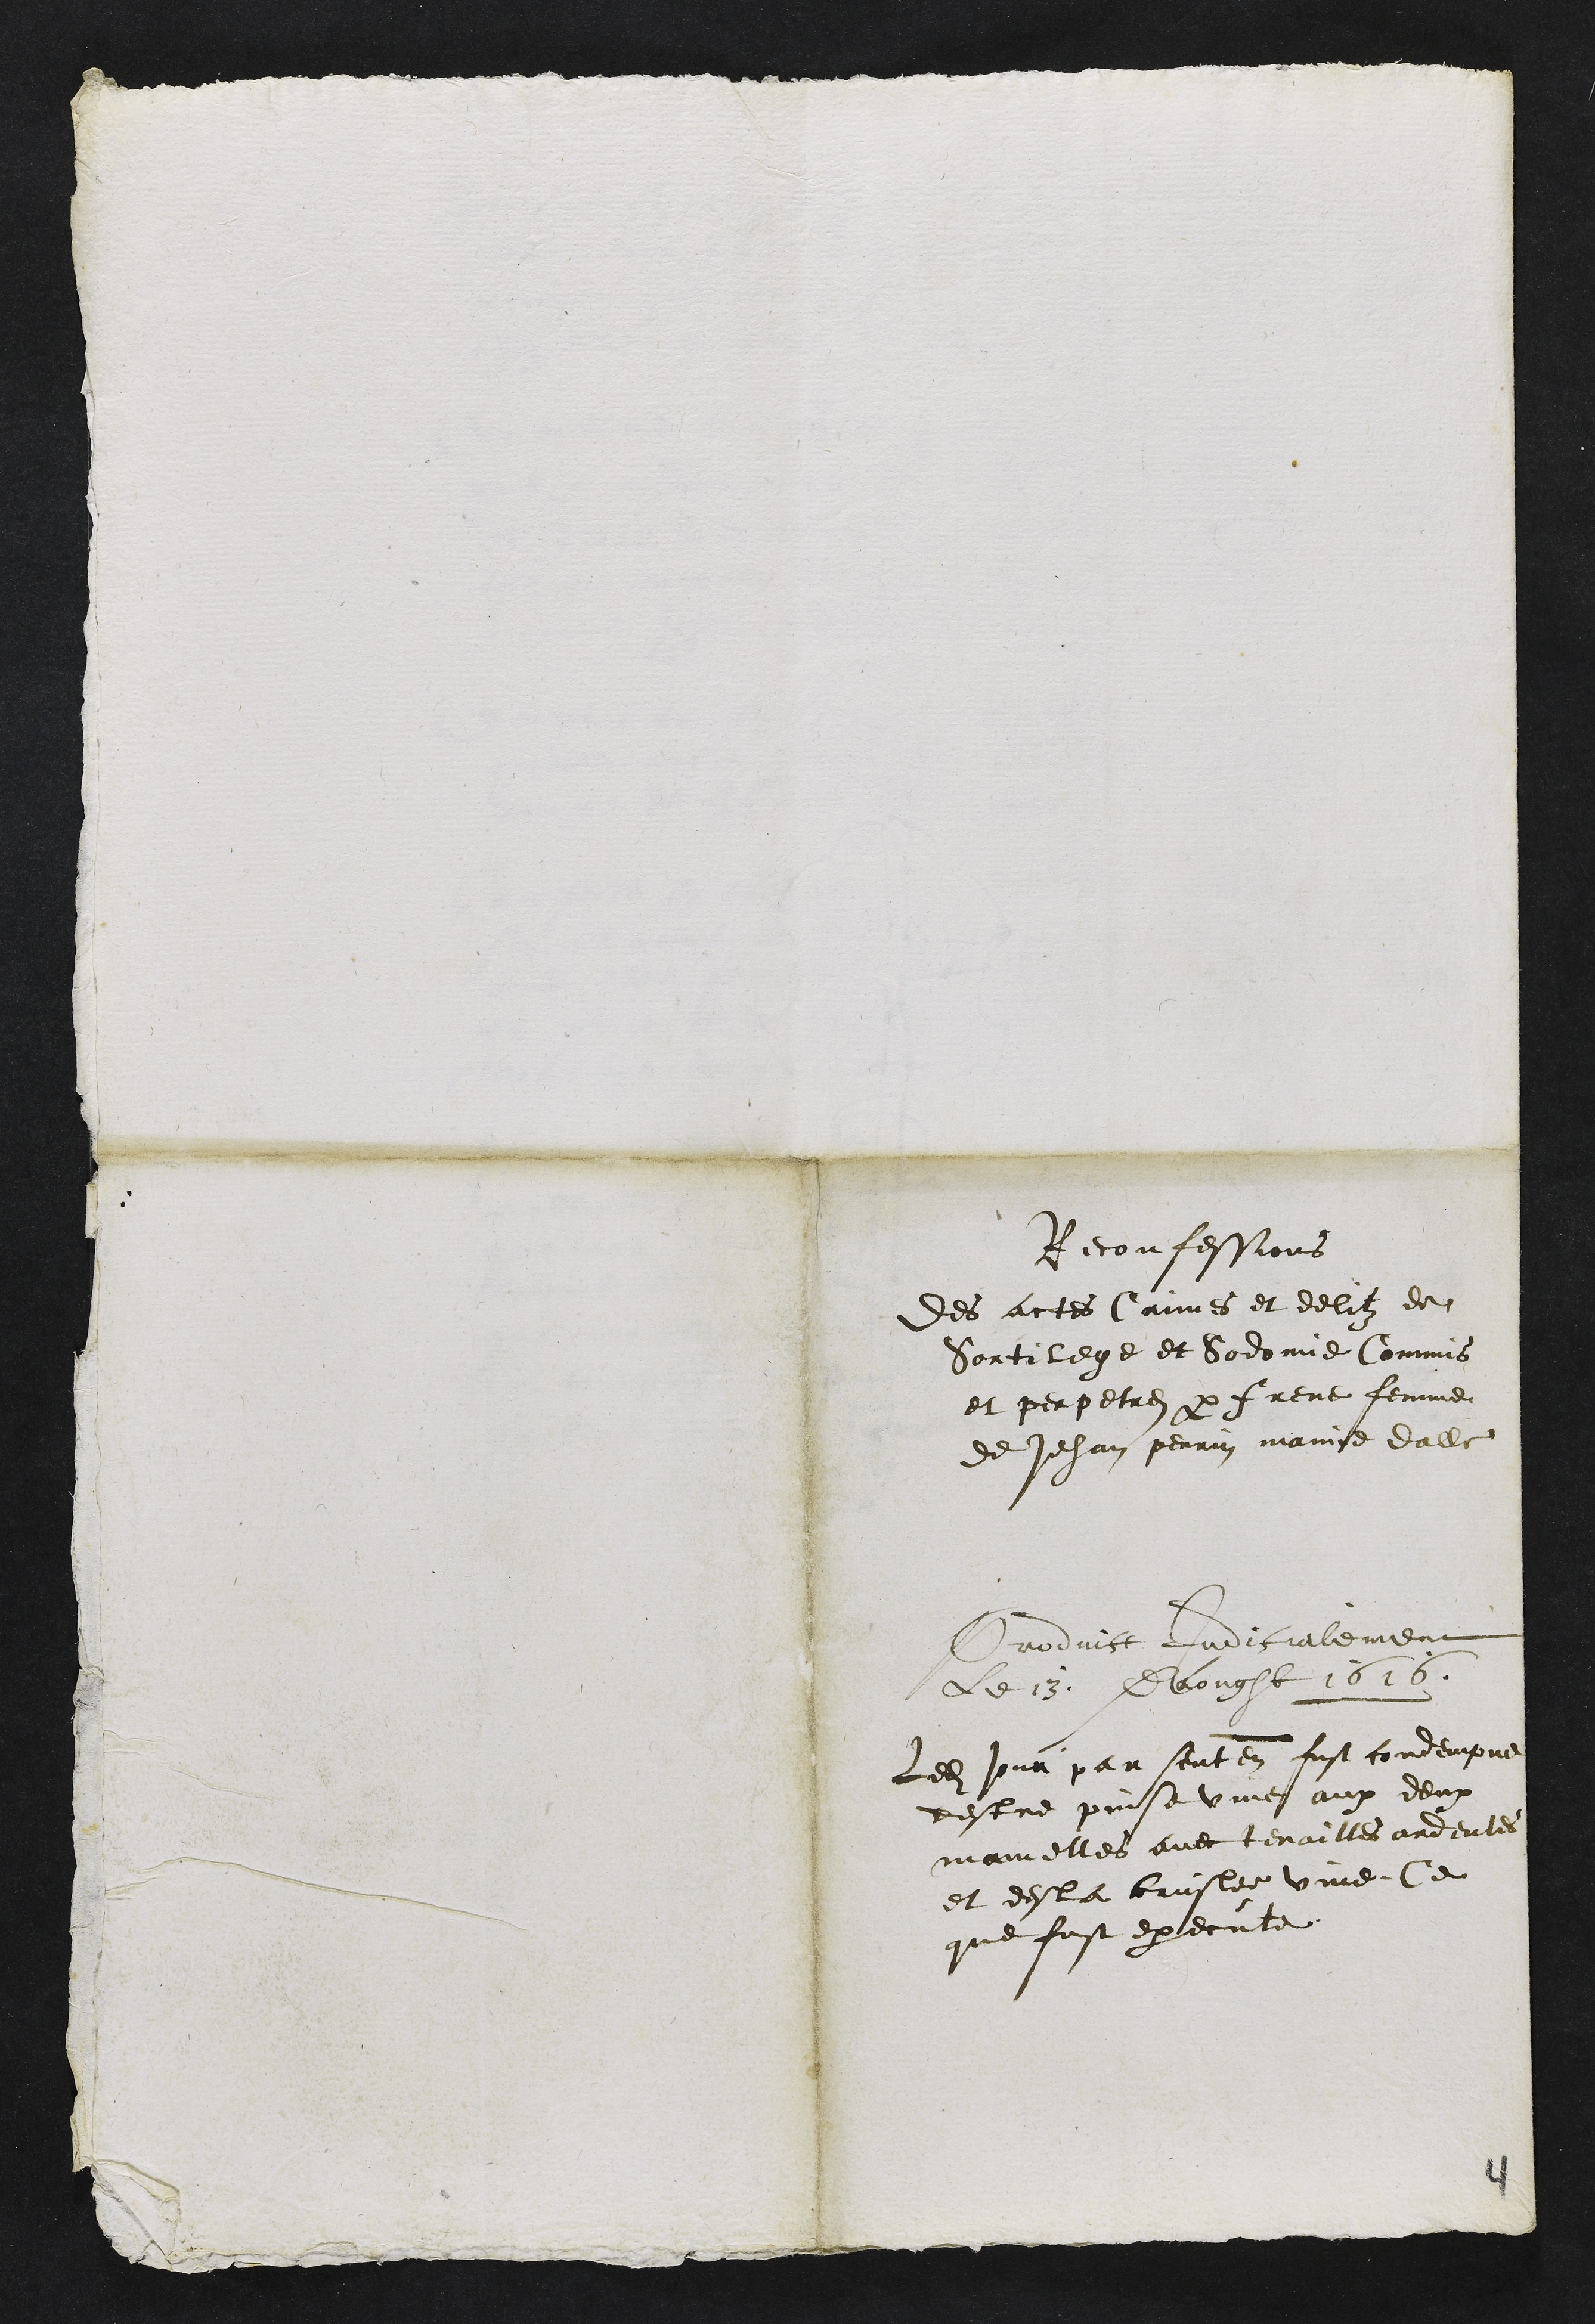
Reconfessions
Des actes Crimes et delitz de
Sortilege et Sodomie Commis
et perpetrez par frene femme
de Jehan perrin mamie dalle
Produict Judicialement
Le 13 Daougst 1616.
Ledit jour par sentence fust condempne
destre pinse vive aux deux
mamelles avec tenailles ardentes
et desla bruslee vive Ce
que fust execute
4